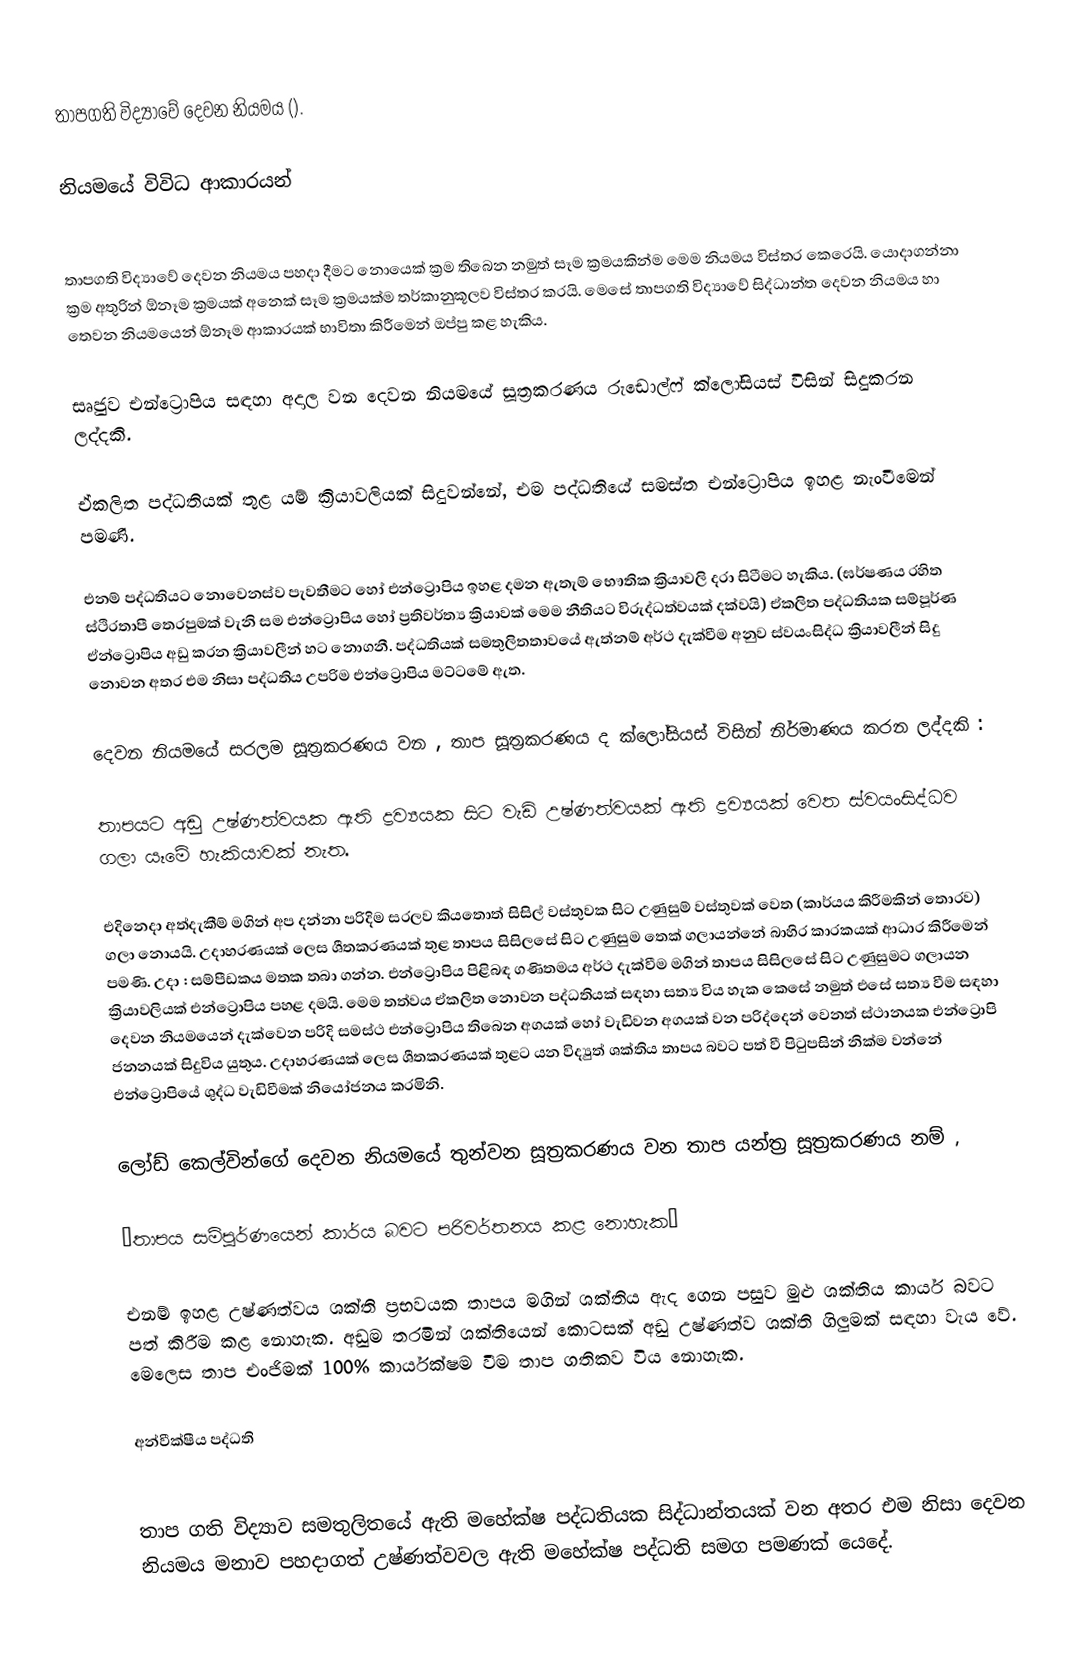
තාපගති විද්‍යාවේ දෙවන නියමය ().

නියමයේ විවිධ ආකාරයන්

තාපගති විද්‍යාවේ දෙවන නියමය පහදා දීමට නොයෙක් ක්‍රම තිබෙන නමුත් සෑම ක්‍රමයකින්ම මෙම නියමය විස්තර කෙරෙයි. යොදාගන්නා ක්‍රම අතුරින් ඕනෑම ක්‍රමයක් අනෙක් සෑම ක්‍රමයක්ම තර්කානුකූලව විස්තර කරයි. මෙසේ තාපගති විද්‍යාවේ සිද්ධාන්ත දෙවන නියමය හා තෙවන නියමයෙන් ඕනෑම ආකාරයක් භාවිතා කිරීමෙන් ඔප්පු කළ හැකිය.

සෘජුව එන්ට්‍රොපිය සඳහා අදාල වන දෙවන නියමයේ සූත්‍රකරණය රුඩොල්ෆ් ක්ලෝසියස් විසින් සිදුකරන ලද්දකි.

ඒකලිත පද්ධතියක් තුළ යම් ක්‍රියාවලියක් සිදුවන්නේ, එම පද්ධතියේ සමස්ත එන්ට්‍රොපිය ඉහළ නැංවීමෙන් පමණි.

එනම් පද්ධතියට නොවෙනස්ව පැවතීමට හෝ එන්ට්‍රොපිය ඉහළ දමන ඇතැම් භෞතික ක්‍රියාවලි දරා සිටීමට හැකිය. (ඝර්ෂණය රහිත ස්ථිරතාපී තෙරපුමක් වැනි සම එන්ට්‍රොපිය හෝ ප්‍රතිවර්ත්‍ය ක්‍රියාවක් මෙම නීතියට විරුද්ධත්වයක් දක්වයි) ඒකලිත පද්ධතියක සම්පූර්ණ ඒන්ට්‍රොපිය අඩු කරන ක්‍රියාවලීන් හට නොගනී. පද්ධතියක් සමතුලිතතාවයේ ඇත්නම් අර්ථ දැක්වීම අනුව ස්වයංසිද්ධ ක්‍රියාවලීන් සිදු නොවන අතර එම නිසා පද්ධතිය උපරිම එන්ට්‍රොපිය මට්ටමේ ඇත.

දෙවන නියමයේ සරලම සූත්‍රකරණය වන , තාප සූත්‍රකරණය ද ක්ලෝසියස් විසින් නිර්මාණය කරන ලද්දකි :

තාපයට අඩු උෂ්ණත්වයක ඇති ද්‍රව්‍යයක සිට වැඩි උෂ්ණත්වයක් ඇති ද්‍රව්‍යයක් වෙත ස්වයංසිද්ධව ගලා යෑමේ හැකියාවක් නැත.

එදිනෙදා අත්දැකීම් මගින් අප දන්නා පරිදිම සරලව කියතොත් සිසිල් වස්තුවක සිට උණුසුම් වස්තුවක් වෙත (කාර්යය කිරීමකින් තොරව) ගලා නොයයි. උදාහරණයක් ලෙස ශීතකරණයක් තුළ තාපය සිසිලසේ සිට උණුසුම තෙක් ගලායන්නේ බාහිර කාරකයක් ආධාර කිරීමෙන් පමණි. උදා : සම්පීඩකය මතක තබා ගන්න. එන්ට්‍රොපිය පිළිබඳ ගණිතමය අර්ථ දැක්වීම මගින් තාපය සිසිලසේ සිට උණුසුමට ගලායන ක්‍රියාවලියක් එන්ට්‍රොපිය පහළ දමයි. මෙම තත්වය ඒකලිත නොවන පද්ධතියක් සඳහා සත්‍ය විය හැක කෙසේ නමුත් එසේ සත්‍ය වීම සඳහා දෙවන නියමයෙන් දැක්වෙන පරිදි සමස්ථ එන්ට්‍රොපිය තිබෙන අගයක් හෝ වැඩිවන අගයක් වන පරිද්දෙන් වෙනත් ස්ථානයක එන්ට්‍රොපි ජනනයක් සිදුවිය යුතුය. උදාහරණයක් ලෙස ශීතකරණයක් තුළට යන විද්‍යුත් ශක්තිය තාපය බවට පත් වී පිටුපසින් නික්ම වන්නේ එන්ට්‍රොපියේ ශුද්ධ වැඩිවීමක් නියෝජනය කරමිනි.

ලෝඩ් කෙල්වින්ගේ දෙවන නියමයේ තුන්වන සූත්‍රකරණය වන තාප යන්ත්‍ර සූත්‍රකරණය නම් ,

“තාපය සම්පූර්ණයෙන් කාර්ය බවට පරිවර්තනය කළ නොහැක”

එනම් ඉහළ උෂ්ණත්වය ශක්ති ප්‍රභවයක තාපය මගින් ශක්තිය ඇද ගෙන පසුව මුළු ශක්තිය කාර්ය බවට පත් කිරීම කළ නොහැක. අඩුම තරමින් ශක්තියෙන් කොටසක් අඩු උෂ්ණත්ව ශක්ති ගිලුමක් සඳහා වැය වේ. මෙලෙස තාප එංජිමක් 100% කාර්යක්ෂම වීම තාප ගතිකව විය නොහැක.

අන්වීක්ෂීය පද්ධති

තාප ගති විද්‍යාව සමතුලිතයේ ඇති මහේක්ෂ පද්ධතියක සිද්ධාන්තයක් වන අතර එම නිසා දෙවන නියමය මනාව පහදාගත් උෂ්ණත්වවල ඇති මහේක්ෂ පද්ධති සමග පමණක් යෙදේ.